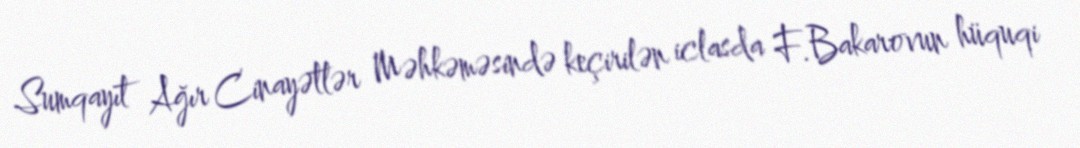
Sumqayıt Ağır Cinayətlər Məhkəməsində keçirilən iclasda F.Bakarovun hüquqi